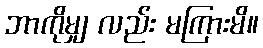
ဘာကိုမျှ လည်း မကြားမိ။